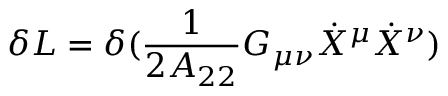
\delta L = \delta ( \frac { 1 } { 2 A _ { 2 2 } } G _ { \mu \nu } \dot { X } ^ { \mu } \dot { X } ^ { \nu } )